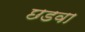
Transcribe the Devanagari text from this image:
छडवा